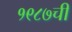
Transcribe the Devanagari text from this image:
१९८७ची